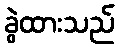
ခွဲထားသည်